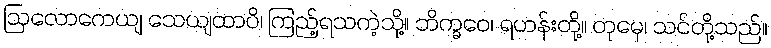
ဩလောကေယျ သေယျထာပိ၊ ကြည့်ရသကဲ့သို့။ ဘိက္ခဝေ၊ ရဟန်းတို့။ တုမှေ၊ သင်တို့သည်။